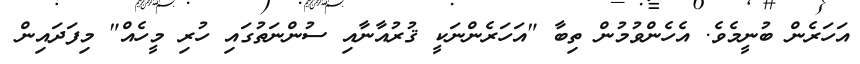
އަހަރެން ބުނީމެވެ. އެހެންވުމުން ތިބާ "އަހަރެންނަކީ ޤުރުއާނާއި ސުންނަތުގައި ހުރި މީހެއް" މިފަދައިން